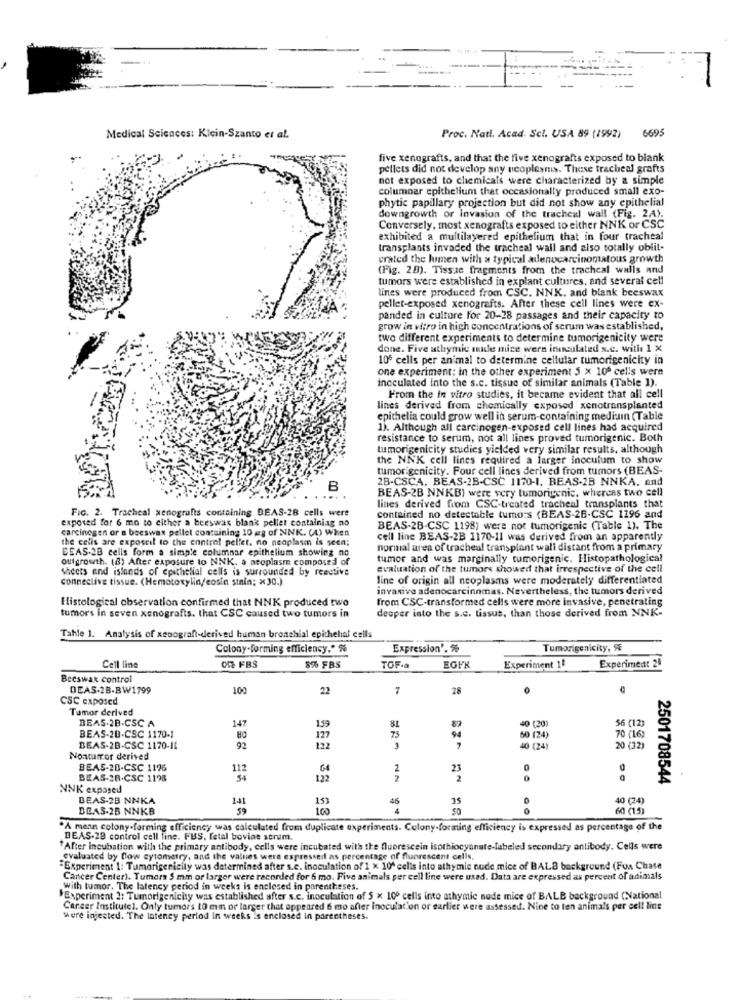
6695
Medical Sciences: Klein-Szanto et al.
Proc. Natl. Acad. Scl. USA 89 (1992)
five xenografts, and that the five xenografts exposed to blank
pellets did not develop any neoplesnis. These tracheal grafts
not exposed to chemicals were characterized by a simple
columnar epithelium that occasionally produced small exo-
phytic papillary projection but did not show any epithelial
downgrowth of invasion of the tracheal wall (Fig. 2A).
Conversely, most xenografts exposed to either NNK or CSC
exhibited a multilayered epithelium that in four tracheal
transplants invaded the tracheal wall and also totally oblit-
crated the lumen with a typical adenocarcinomatous growth
(Fig. 28). Tissue fragments from the trachcal walls and
tumors were established in explant cultures, and several cell
lines were produced from CSC. NNK. and blank beeswax
pellet-exposed xenografts. After these cell lines were ex-
panded in culture for 20-28 passages and their capacity to
grow in vitro in high concentrations of serum was established,
two different experiments to determine tumorigenicity were
done. Five athymic made mize wern inoculated s.c. with 1 X
106 cells per animal to determine cellular tumorigenicity in
one experiment; in the other experiment 5 x 100 cells were
inoculated into the s.c. tissue of similar animals (Table 1).
From the in vitro studies, it became evident that all cell
lines derived from chemically exposed xenotransplanted
epithelia could grow well in serum-containing mediumn (Table
1). Although all carcinogen-exposed cell lines had acquired
resistance to serum, not all lines proved tumorigenic. Both
tumorigenicity studies yielded very similar results, although
the NNK cell lines required a larger inoculum to show
tumorigenicity. Four cell lines derived from tumors (BEAS-
2B-CSCA, BEAS-2B-CSC 1170-1. BEAS-2B NNKA, and
B
BEAS-2B NNKB) were very tumorigenic, whereas two cell
FIG. 2. Tracheal xenografts containing BEAS-28 cells were
lines derived from CSC-treated tracheal transplants that
exposed for 6 mo to either a beeswax blank pellet containing no
contained no detectable tumors (BEAS-26-CSC 1196 and
carcinogen or a beeswax pellet containing 10 ag of NNK. (4) When
BEAS-28-CSC 1198) were not tumorigenic (Table 1). The
the cells are exposcil to the control pellet, no neoplasm is seen;
cell line BEAS-2B 1170-11 was derived from an apparently
BEAS-2B cells form a simple columnar epithelium showing no
normal area of tracheul transplant wali distant from a primary
outgrowth. (8) After exposure to NNK, a neoplasm composed of
tumor and was marginally tumorigenic. Histopathological
Sheets and islands of epithelial cells is surrounded by reactive
evaluation of the tumors showed that irrespective of the cell
connective tissue. (Hemotoxylin/eosin stain; x30.)
line of origin all neoplasms were moderately differentiated
invasive adenocarcinomas. Nevertheless, the tumors derived
Histological observation confirmed that NNK produced two
from CSC-transformed cells were more invasive, penetrating
tumors in seven xenografts. that CSC caused two tumors in
deeper into the s.c. tissus, than those derived from NNK-
Tahle 1. Analysis of xenogrant-derived human bronchial epithelial cells
Colony-forming efficiency .* %
Expression'. %
Tumorigenicity, SE
OF FBS
Cell line
8% FBS
TOF-a
Experiment 1₺
Experiment 24
Becswak control
DEAS-2B-BW1799
100
22
7
28
CSC exposed
Tumor derived
147
BEAS.2B-CSC A
75
81
94
40 (20)
56 (12)
BEAS-20.CSC 1170-1
60 (24)
70 (16)
BEAS-2B.CSC 1170-11
92
40 (24)
20 (32)
Nontumor derived
BEAS-20-CSC 1176
112
6€
2
23
BEAS-28.CSC 1198
122
2
2501708544
NNK exposed
BEAS-2B NNKA
141
153
46
35
0
40 (24)
BEAS-2B NNKB
59
100
4
60 (15)
"A mean colony-forming efficiency was calculated from duplicate experiments. Colony-forming efficiency is expressed as percentage of the
DEAS-28 control cell line. FUS, fetal bovine serum.
"After Incubation with the primary antibody, cells were incubated with the fluorescein isothiocyanate-labeled secondary antibody. Cells were
evaluated by flow cytometry, and the values wers expressed as percentage of fluorescent cells.
"Experiment 1: Tumorigericity was determined after s.c. inoculation of 1 x 10º celis into athymic nude mice of BAL8 background (Fox Chate
Cancer Center). Tumors 5 mm or larger were recorded for 6 mo. Five animals per cell line were usad. Data are expressed as percent of animals
with tumor. The latency period in weeks is enclosed in parentheses.
"Experiment 2: Tumorigenicity was established after s.c. inoculation of 5 x 100 cells into athymic nude mice of BALB background (National
Cancer Institutel. Only tumors 10 mm or larger that appeared 6 mo after inoculation or earlier were assessed. Nine to ten animals per cell line
Were injected. The latency period In weeks is enclosed in parentheses.